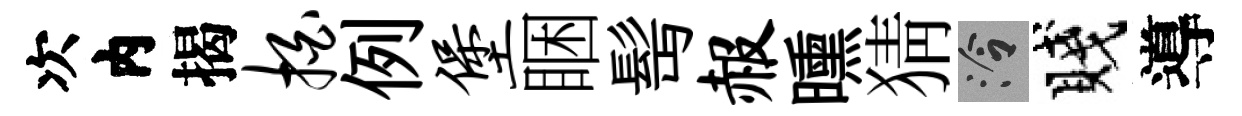
次内揭拍例堡睏髩赧曛猜泠賤導